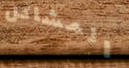
المشاكل